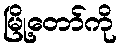
မြို့တော်ကို